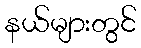
နယ်များတွင်